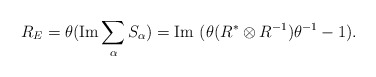
\begin{align*}R_E=\theta(\mbox{Im}\sum_\alpha S_\alpha)=\mbox{Im }(\theta(R^*\otimes R^{-1})\theta^{-1} -1). \end{align*}